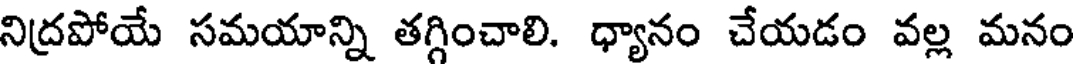
నిద్రపోయే సమయాన్ని తగ్గించాలి. ధ్యానం చేయడం వల్ల మనం